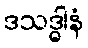
ဒသဒ္ဓါနံ